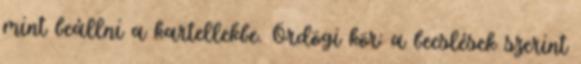
mint beállni a kartellekbe. Ördögi kör: a becslések szerint